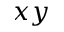
x y